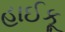
હાઈકૂ